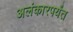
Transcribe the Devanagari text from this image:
अलंकारपर्यंत